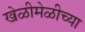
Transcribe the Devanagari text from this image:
खेळीमेळीच्या